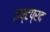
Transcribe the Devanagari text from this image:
इष्टप्रद